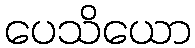
ပေသိယော